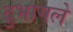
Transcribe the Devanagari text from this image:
दुभागले